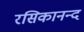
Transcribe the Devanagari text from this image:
रसिकानन्द